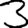
Digit: 3